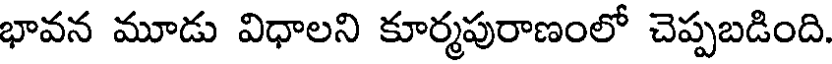
భావన మూడు విధాలని కూర్మపురాణంలో చెప్పబడింది.